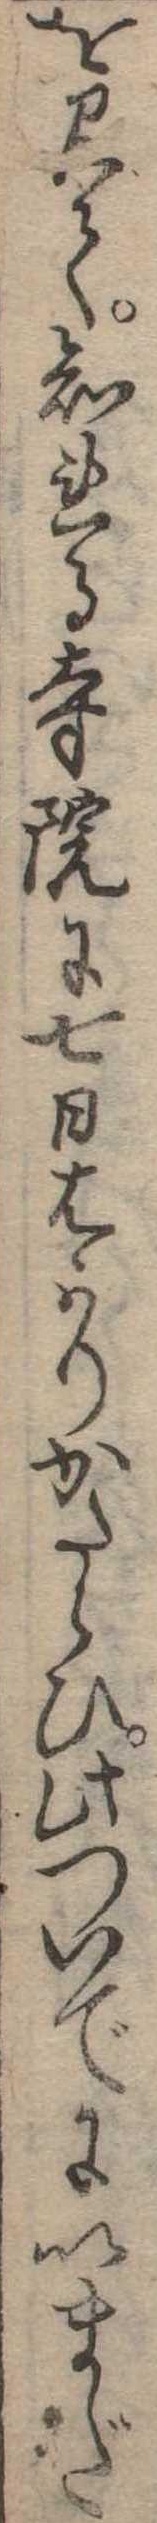
を見て知れる寺院に七日はかりかたらひ此ついでにいまだ